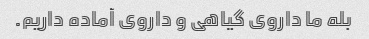
بله ما داروی گیاهی و داروی آماده داریم.